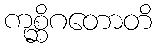
ကုစ္ဆိဂတောတိ